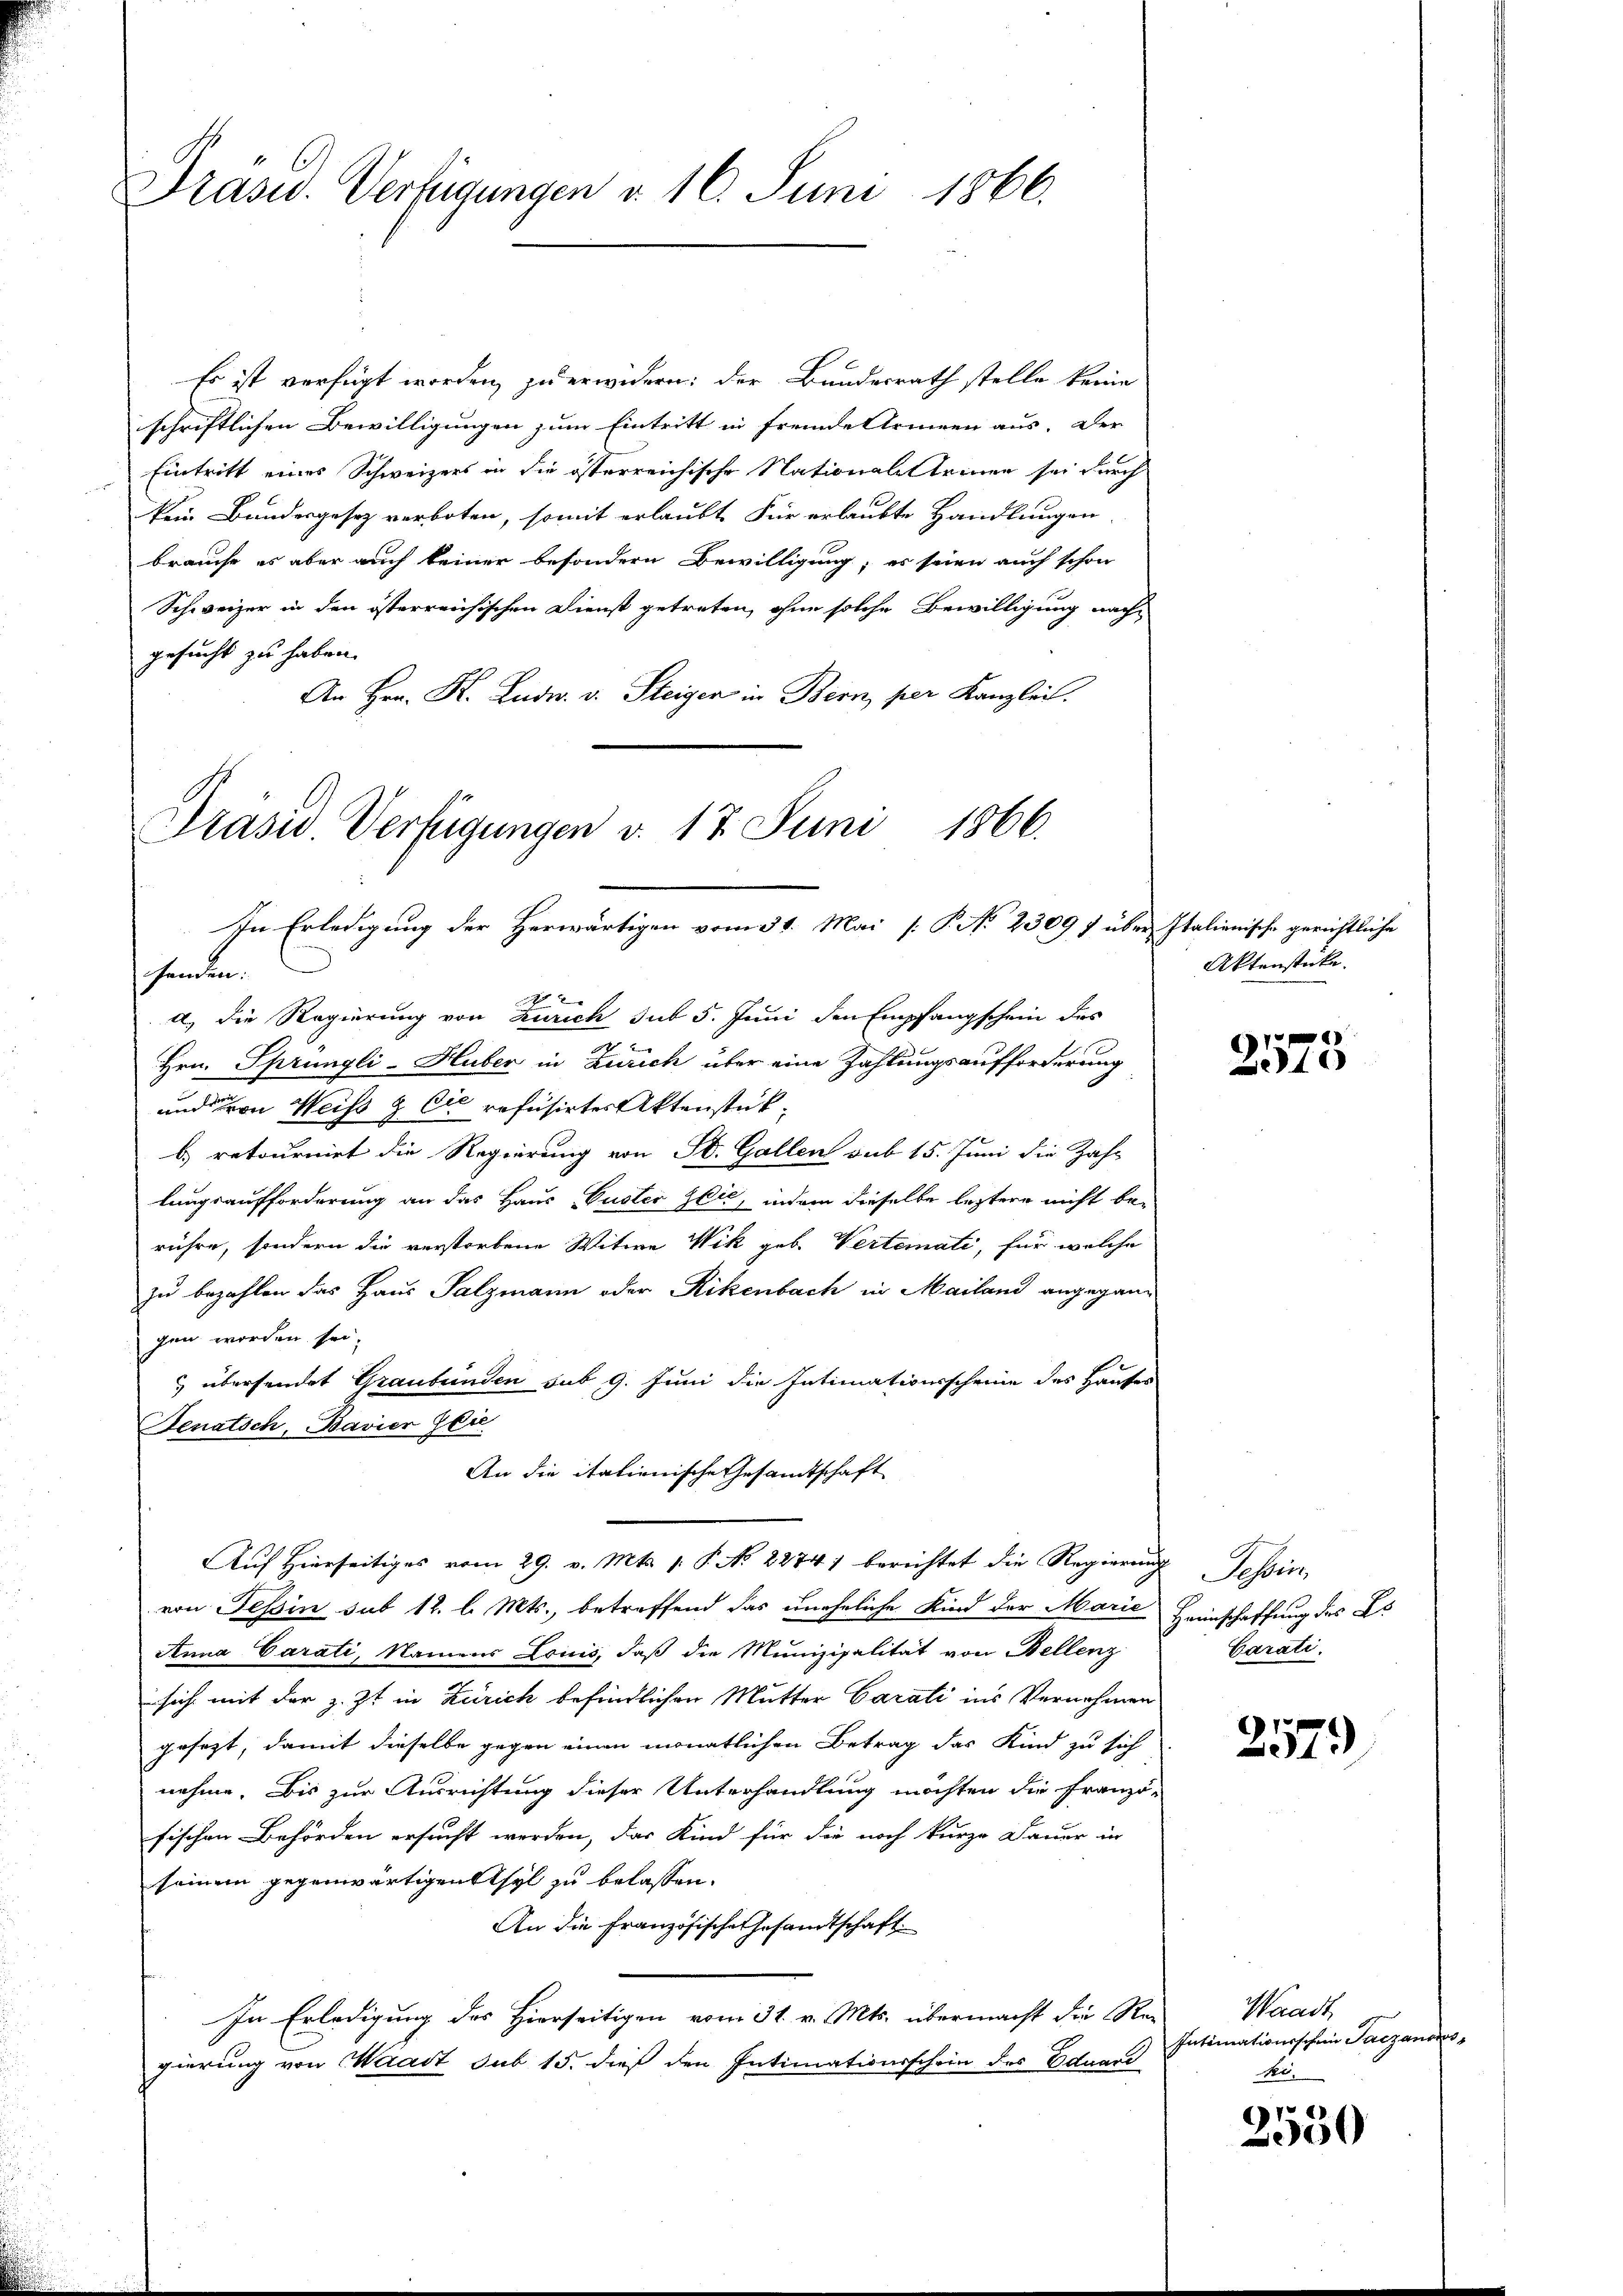
Präsid.. Verfügungen d. 16. Juni 1866.

Es ist verfügt worden, zu erwidern: der Bundesrath stelle keine
schriftlichen Bewilligungen zum Eintritt in Fremde Stringen aus. Der
Eintritt eines Schweizers in die österreichische Nationales trinen sei durch
kein Bundesgesetz verboten, somit erlaubt Für erlaubte Handlungen
brauche es aber auch keiner besondern Bewilligung, es seien auch schon
Schweizer in den österreichischen Dienst getreten, ohne solche Bewilligung nach-
gesucht zu haben.
An Hrn. K. Ludw. v. Steigen in Bern, per Kanzlei.
Präsid. Verfügungen v. 17. Juni 1866.

In Erledigung der Herwärtigen vom 31. Mai [P. No 2309 f über Italienische gerichtliche

fenden:
x
d) die Regierung von Zürich sub 5. Juni den Empfangschein des
Hrn. Sprüngli-Huber in Zürich über eine Zahlungsaufforderung
und von Weiß & Cie refusirter Aktenstükb) retournirt die Regierung von St. Gallen sub 15. Juni die Zahr
lungsaufforderung an das Haus, Puster Zeit, indem dieselbe leztere nicht be-
rühre, sondern die verstorbene Witwe Wik geb. Vertemati, für welche
zu bezahlen das Haus Salzmann oder Rikenbach in Mailand angegangen worden sei,
& übersendet Graubünden sub 9. Juni die Intimationsscheine des Hauses
Senatsch, Bavier Gei
Aŭf Hierseitiges vom 29. v. Mts. 1. P. No. 2274) berichtet die Regierŭng Tessin,
von Tessin sub 12. l. Mts., betreffend das uneheliche Kind der Marie Heinschaffung des Es
Anna Carati, Namens Louis, daß die Munizipalität von Bellenz
sich mit der z. Zt. in Zürich befindlichen Mutter Carati ins Vernehmen
gesezt, damit dieselbe gegen einen monatlichen Betrag das Kind zu sich
nehme. Bis zur Ausrichtung dieser Unterhandlung möchten die Franzö-
fischen Behörden ersucht werden, das Kind für die noch kurze Dauer in
seinem gegenwärtigen Asyl zu belassen.
An die Französische Gesandtschaft.
In Erledigung des Hierseitigen vom 31. v. Mts. übermacht die Re-
gierung von Waadt sub 15. dieß den Intimationsschein des Eduari

An die itationische Gesandtschaft

Aktenstücke.

x
2310

Carati

2579

Waadt
Intimationsschein Saczanows
Net

2550